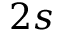
2 s